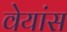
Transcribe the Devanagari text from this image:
वेयांस